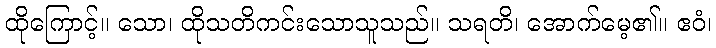
ထိုကြောင့်။ သော၊ ထိုသတိကင်းသောသူသည်။ သရတိ၊ အောက်မေ့၏။ ဧဝံ၊